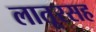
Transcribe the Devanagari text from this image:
लातूरसह